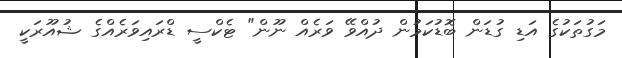
މަގުތަކުގެ އަޑި ގުޑަން ބޮޑުކަމުން ދުއްވޭ ވަރެއް ނޫން" ޓެކްސީ ޑްރައިވަރެއްގެ ޝުއޫރަކީ